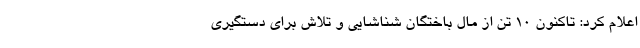
اعلام کرد: تاکنون ۱۰ تن از مال باختگان شناشایی و تلاش برای دستگیری